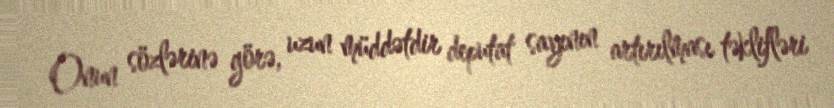
Onun sözlərinə görə, uzun müddətdir deputat sayının artırılması təklifləri